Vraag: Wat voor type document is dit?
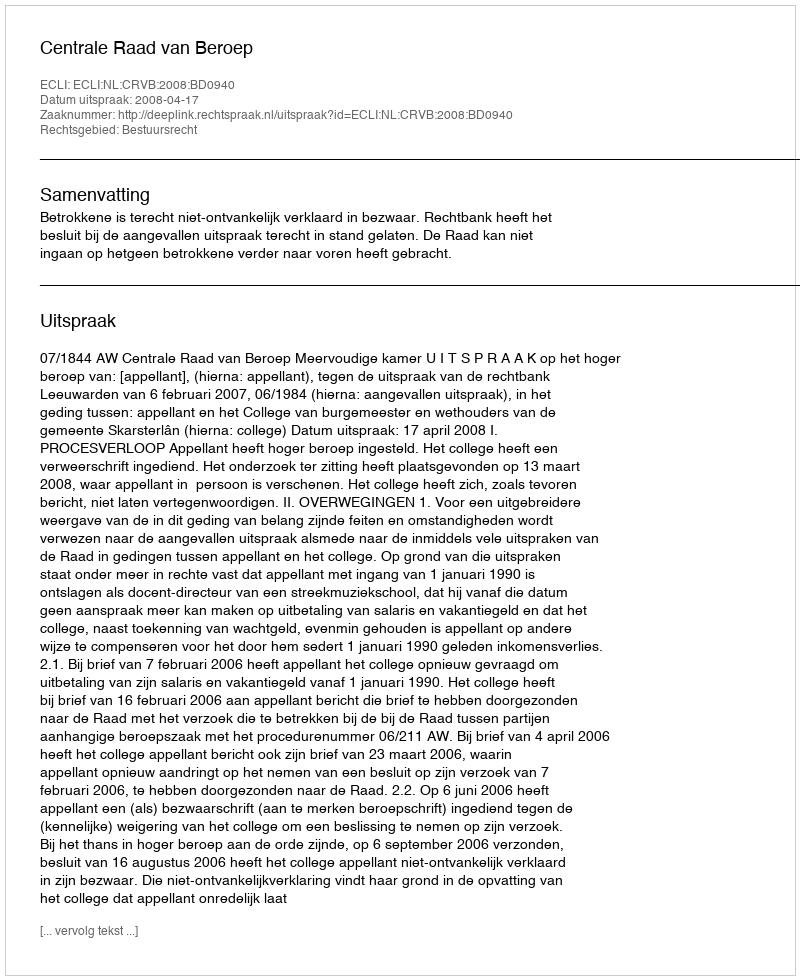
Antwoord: Uitspraak